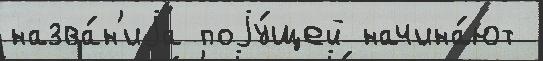
назва́н'иjа поjу́щей начина́ют